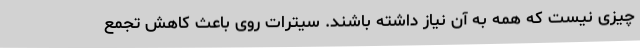
چیزی نیست كه همه به آن نیاز داشته باشند. سیترات روی باعث کاهش تجمع